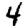
Digit: 4